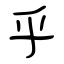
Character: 乎